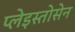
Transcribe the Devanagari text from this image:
प्लेइस्तोसेन